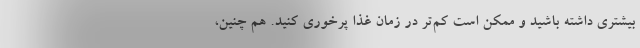
بیشتری داشته باشید و ممکن است کم‌تر در زمان غذا پرخوری کنید. هم چنین،